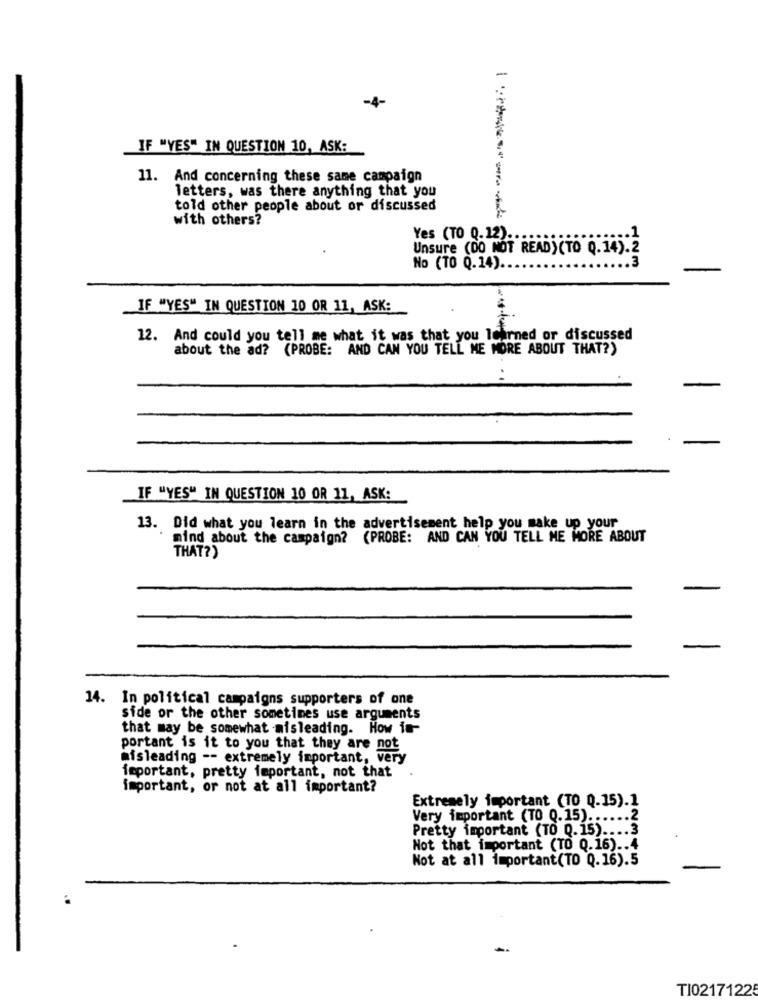
-4-
IF "YES" IN QUESTION 10, ASK:
11. And concerning these same campaign
letters, was there anything that you
told other people about or discussed
with others?
Yes (TO 0.12) ...
... 1
Unsure (DO NOT READ)(TO Q.14).2
No (TO 0.14) ..
IF "YES" IN QUESTION 10 OR 11, ASK:
12. And could you tell me what it was that you Ichrned or discussed
about the ad? (PROBE: AND CAN YOU TELL ME MORE ABOUT THAT?)
...
IF "YES" IN QUESTION 10 OR 11, ASK:
13. Did what you learn in the advertisement help you make up your
mind about the campaign? (PROBE: AND CAN YOU TELL ME MORE ABOUT
THAT?)
14. In political campaigns supporters of one
side or the other sometimes use arguments
that may be somewhat misleading. How in-
portant is it to you that they are not
misleading -- extremely important, very
important, pretty important, not that
important, or not at all important?
Extremely important (TO Q.15).1
Very important (TO 0.15) ...... 2
Pretty important (TO Q.15) .... 3
Not that important (TO Q.16) .. 4
Not at all important(TO Q.16).5
TI02171225